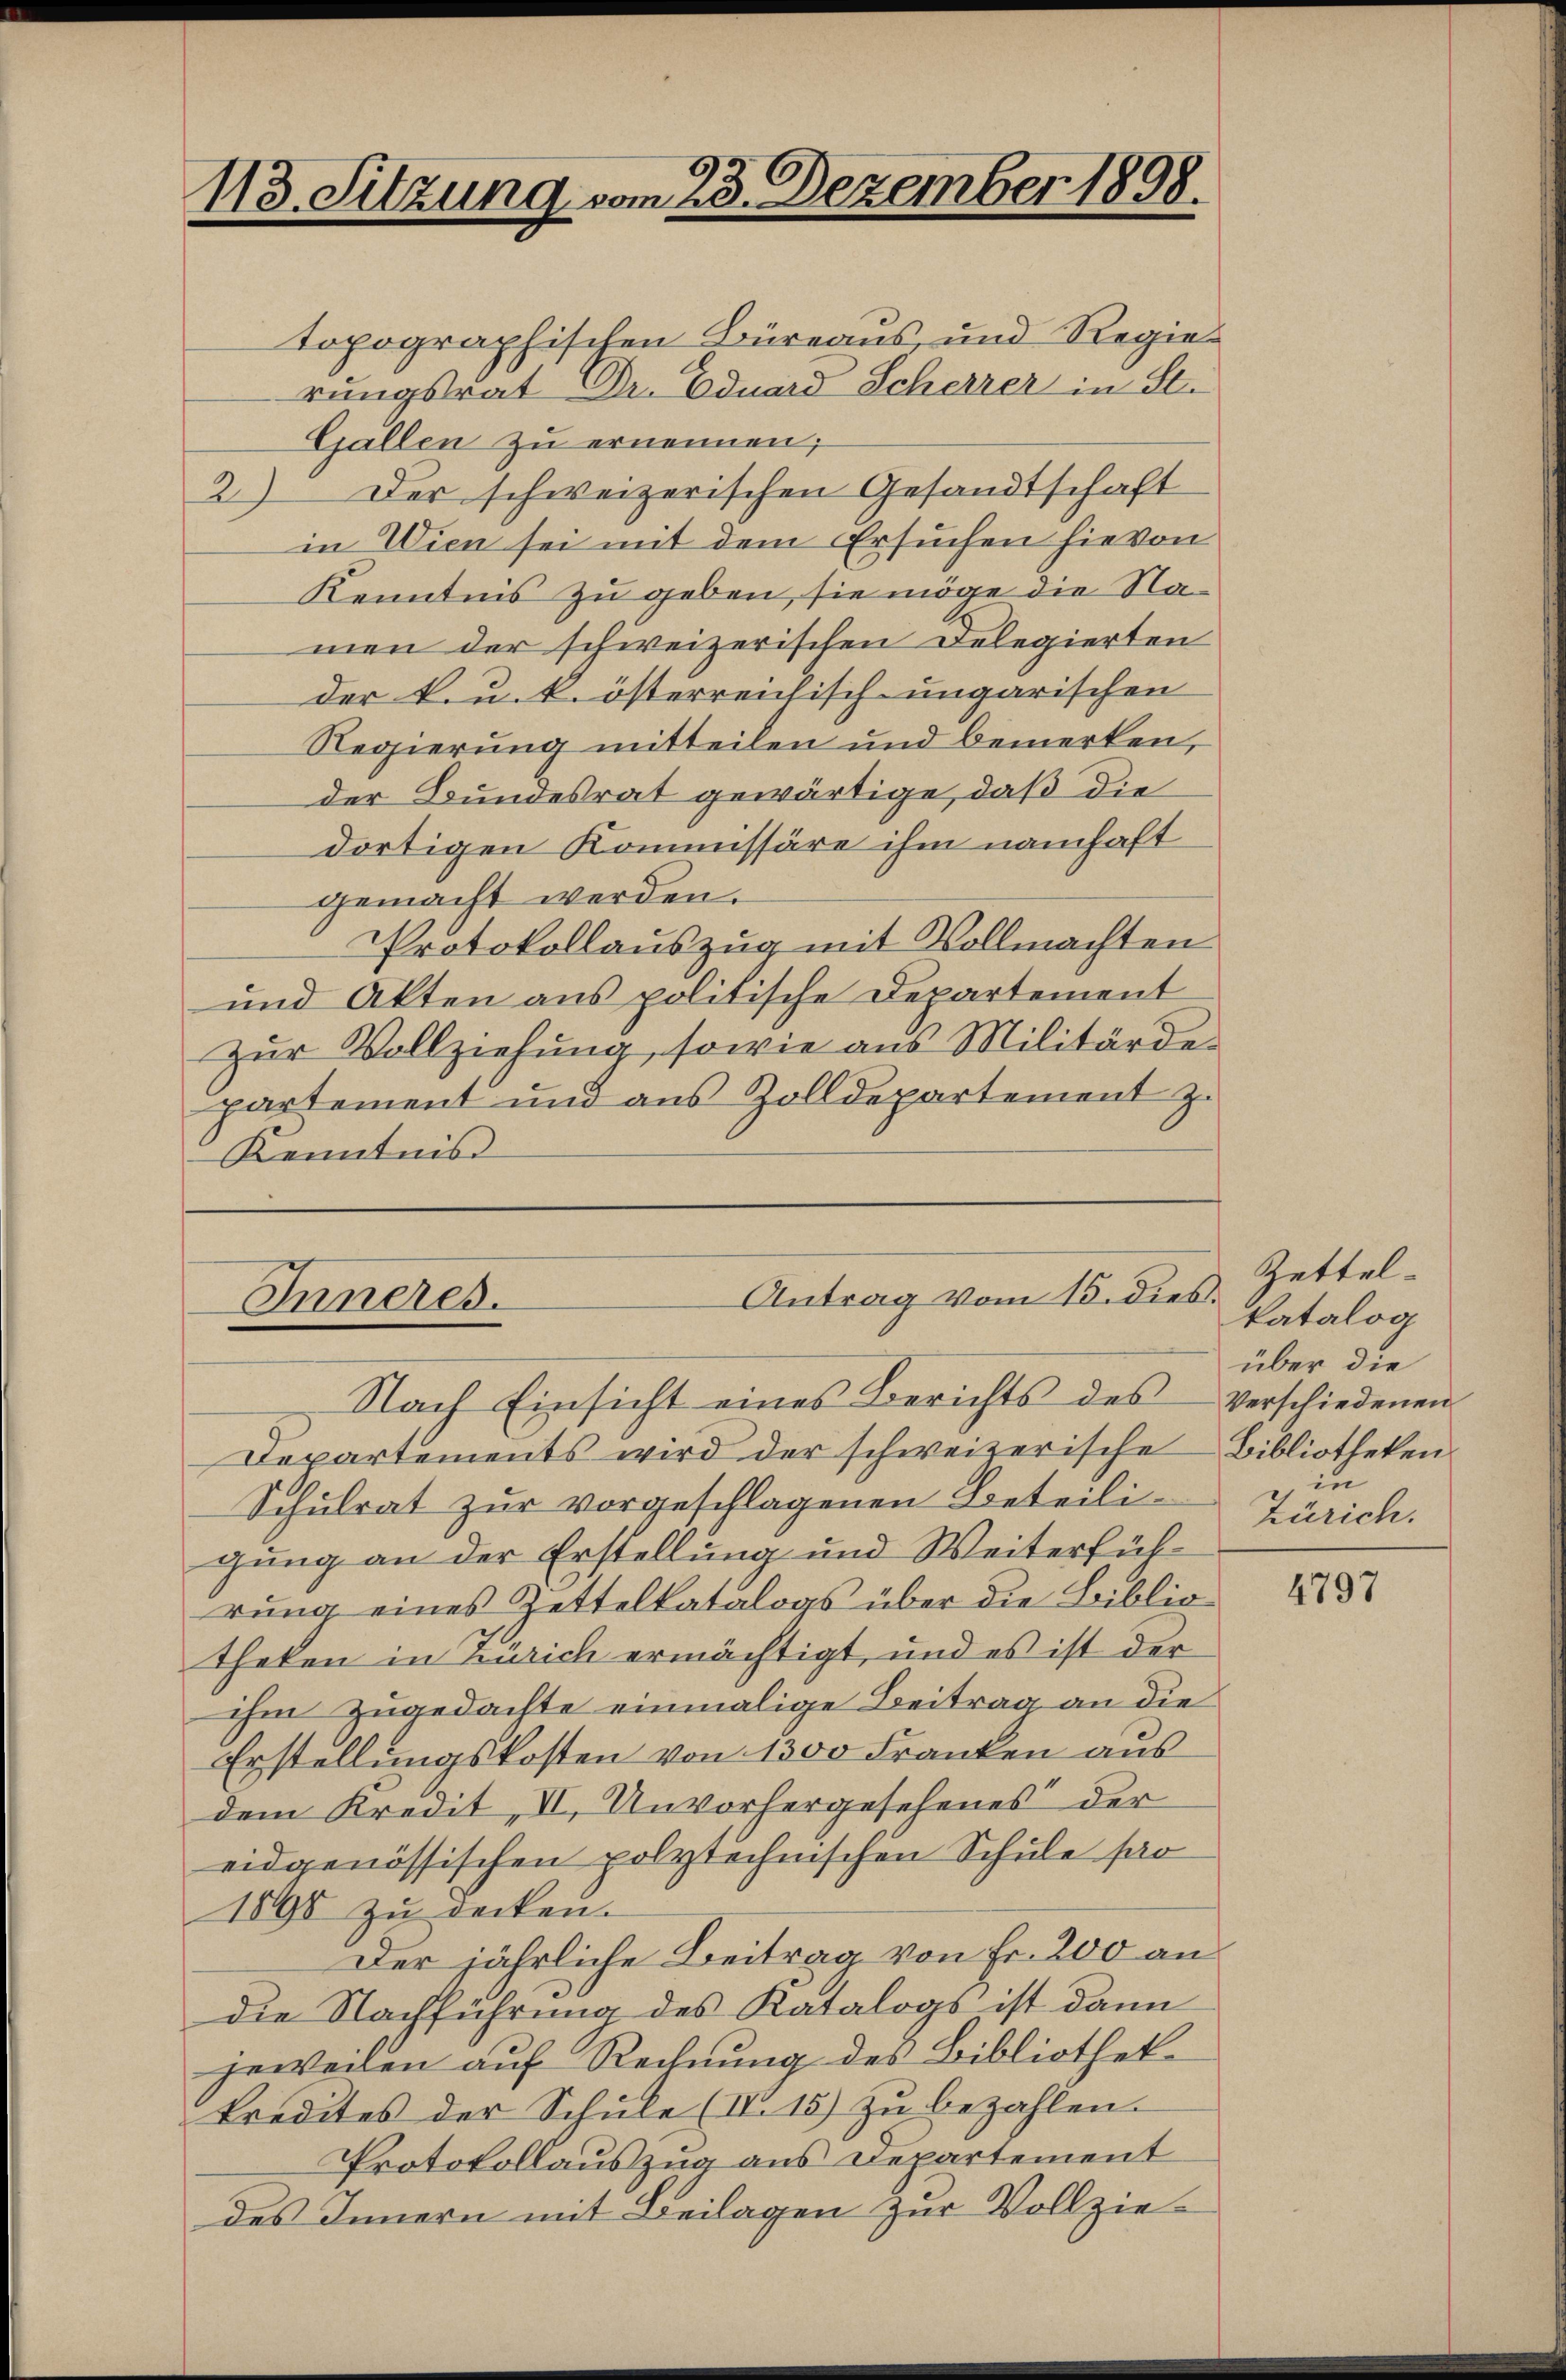
113. Sitzung vom 23. Dezember 1898.

topographischen Büreaus, und Regierungsrat Dr. Eduard Scherrer in St.
Gallen zu ernennen;
2.) Der schweizerischen Gesandtschaft
in Wien sei mit dem Ersuchen hievon
Kenntnis zu geben, sie möge die Namen der schweizerischen Delegierten
der k. u. k. österreichisch-ungarischen
Regierung mitteilen und bemerken,
der Bundesrat gewärtige, daß die
dortigen Kommissäre ihm namhaft
gemacht werden.
Protokollauszug mit Vollmachten
und Akten aus politische Departement
zur Vollziehung, sowie aus Militärdepartement und aus Zolldepartement z.
Kenntnis

Nach Einsicht eines Berichts des verschiedenen
Departements wird der schweizerische Bibliotheken
Schulrat zur vorgeschlagenen Beteiligung an der Erstellung und Weiterfülrung eines Zettelkatalogs über die Bibliotheken in Zürich ermächtigt, und es ist der
ihm zugedachte einmalige Beitrag an die
Erstellungskosten von 1300 Franken aus
dem Kredit, II. Unvorhergesehenes der
eidgenössischen polytechnischen Schule par
1898 zŭ decken.
Der jährliche Beitrag von Fr. 200 andie Nachführung des Katalogs ist dann
jeweilen auf Rechnung des Bibliothek
kredites der Schule (IV. 15) zu bezahlen.
Protokollauszug aus Departement
des Innern mit Beilagen zur Vollzie¬

Antrag vom 15. dies.
Inneres.

Zettelkatalog
über die
in
Zürich.

4797